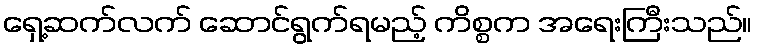
ရှေ့ဆက်လက် ဆောင်ရွက်ရမည့် ကိစ္စက အရေးကြီးသည်။